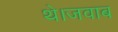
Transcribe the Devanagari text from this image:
थे।जवाब